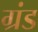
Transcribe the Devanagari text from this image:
ग्रंड